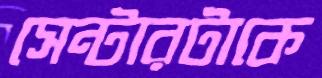
সেন্টারটাকে